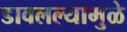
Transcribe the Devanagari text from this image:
डावलल्यामुळे